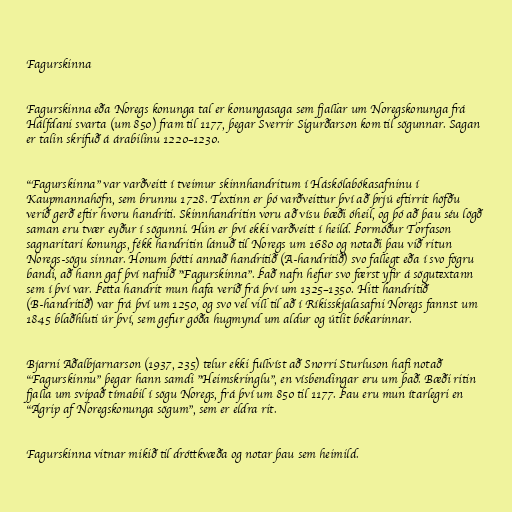
Fagurskinna

Fagurskinna eða Noregs konunga tal er konungasaga sem fjallar um Noregskonunga frá
Hálfdani svarta (um 850) fram til 1177, þegar Sverrir Sigurðarson kom til sögunnar. Sagan
er talin skrifuð á árabilinu 1220–1230.

"Fagurskinna" var varðveitt í tveimur skinnhandritum í Háskólabókasafninu í
Kaupmannahöfn, sem brunnu 1728. Textinn er þó varðveittur því að þrjú eftirrit höfðu
verið gerð eftir hvoru handriti. Skinnhandritin voru að vísu bæði óheil, og þó að þau séu lögð
saman eru tvær eyður í sögunni. Hún er því ekki varðveitt í heild. Þormóður Torfason
sagnaritari konungs, fékk handritin lánuð til Noregs um 1680 og notaði þau við ritun
Noregs-sögu sinnar. Honum þótti annað handritið (A-handritið) svo fallegt eða í svo fögru
bandi, að hann gaf því nafnið "Fagurskinna". Það nafn hefur svo færst yfir á sögutextann
sem í því var. Þetta handrit mun hafa verið frá því um 1325–1350. Hitt handritið
(B-handritið) var frá því um 1250, og svo vel vill til að í Ríkisskjalasafni Noregs fannst um
1845 blaðhluti úr því, sem gefur góða hugmynd um aldur og útlit bókarinnar.

Bjarni Aðalbjarnarson (1937, 235) telur ekki fullvíst að Snorri Sturluson hafi notað
"Fagurskinnu" þegar hann samdi "Heimskringlu", en vísbendingar eru um það. Bæði ritin
fjalla um svipað tímabil í sögu Noregs, frá því um 850 til 1177. Þau eru mun ítarlegri en
"Ágrip af Noregskonunga sögum", sem er eldra rit.

Fagurskinna vitnar mikið til dróttkvæða og notar þau sem heimild.